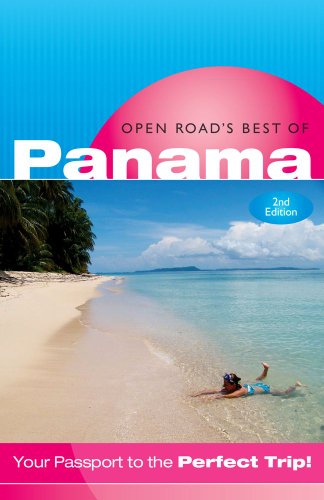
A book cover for Open Road's Best of Panama, 2nd Edition; Bruce Morris; Travel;